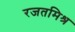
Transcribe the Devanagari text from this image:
रजतमिश्र